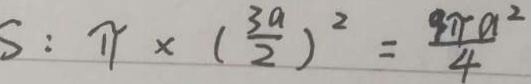
S : \pi \times ( \frac { 3 a } { 2 } ) ^ { 2 } = \frac { 9 \pi a ^ { 2 } } { 4 }